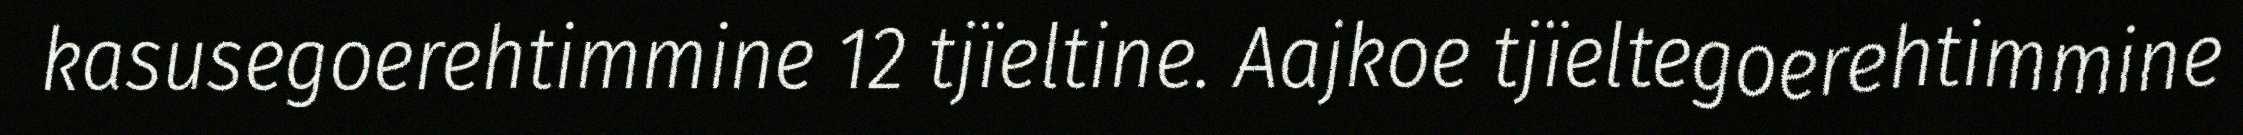
kasusegoerehtimmine 12 tjïeltine. Aajkoe tjïeltegoerehtimmine